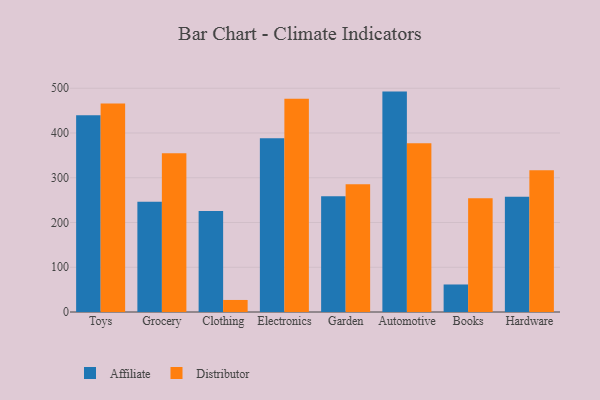
{"axis": {"x": "Category", "y": "Latency (ms)"}, "legend": ["Affiliate", "Distributor"], "data": [{"x": "Toys", "y": 439.6, "type": "Affiliate"}, {"x": "Toys", "y": 466.0, "type": "Distributor"}, {"x": "Grocery", "y": 246.4, "type": "Affiliate"}, {"x": "Grocery", "y": 354.8, "type": "Distributor"}, {"x": "Clothing", "y": 225.6, "type": "Affiliate"}, {"x": "Clothing", "y": 26.9, "type": "Distributor"}, {"x": "Electronics", "y": 388.0, "type": "Affiliate"}, {"x": "Electronics", "y": 476.7, "type": "Distributor"}, {"x": "Garden", "y": 258.9, "type": "Affiliate"}, {"x": "Garden", "y": 285.4, "type": "Distributor"}, {"x": "Automotive", "y": 492.5, "type": "Affiliate"}, {"x": "Automotive", "y": 377.0, "type": "Distributor"}, {"x": "Books", "y": 61.5, "type": "Affiliate"}, {"x": "Books", "y": 254.3, "type": "Distributor"}, {"x": "Hardware", "y": 257.3, "type": "Affiliate"}, {"x": "Hardware", "y": 316.6, "type": "Distributor"}]}